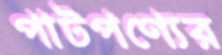
পাটপণ্যের